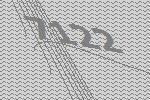
7122